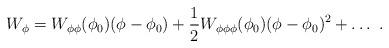
LaTeX: \begin{align*}W_\phi=W_{\phi\phi}(\phi_0)(\phi-\phi_0)+{1\over 2}W_{\phi\phi\phi}(\phi_0) (\phi-\phi_0)^2+\dots~.\end{align*}